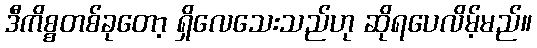
ဒီကိစ္စတစ်ခုတော့ ရှိလေသေးသည်ဟု ဆိုရပေလိမ့်မည်။